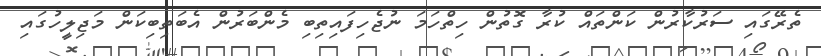
ތެރޭގައި ސަރުކާރުން ކަންތައް ކުރާ ގޮތުން ހިތްހަމަ ނުޖެހިފައިތިބި މެންބަރުން އެބަތިބިކަން މަޖިލީހުގައި